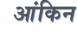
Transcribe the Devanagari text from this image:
आंकिन